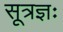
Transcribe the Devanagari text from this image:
सूत्रज्ञः